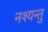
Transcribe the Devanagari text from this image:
नश्यन्तु